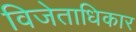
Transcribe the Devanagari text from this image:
विजेताधिकार